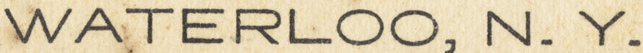
WATERLOO, N. Y.